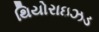
થિયોરાઇઝડ